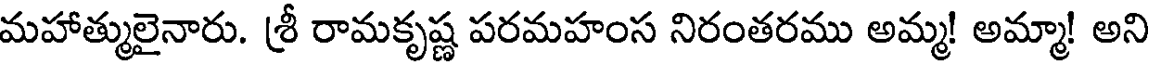
మహాత్ములైనారు. శ్రీ రామకృష్ణ పరమహంస నిరంతరము అమ్మ! అమ్మా! అని